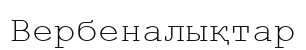
Вербеналықтар